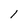
Character: I